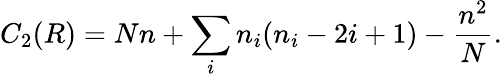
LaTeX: C_{2}(R)=Nn+\sum_{i}n_{i}(n_{i}-2i+1)-\frac{n^{2}}{N}.